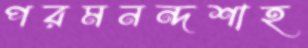
পরমনন্দশাহ